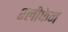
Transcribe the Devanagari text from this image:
श्लीफेन